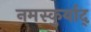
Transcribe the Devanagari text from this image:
नमस्कुर्याद्